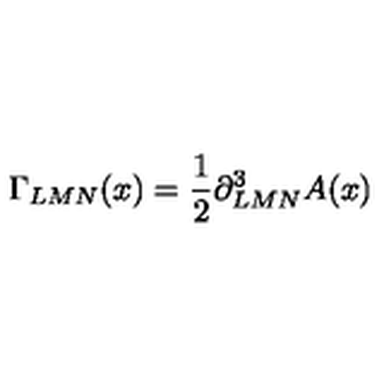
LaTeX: \Gamma _ { L M N } ( x ) = { \frac { 1 } { 2 } } \partial _ { L M N } ^ { 3 } A ( x )